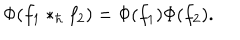
LaTeX: \Phi ( f _ { 1 } \ast _ { \hbar } f _ { 2 } ) = \Phi ( f _ { 1 } ) \Phi ( f _ { 2 } ) .